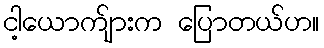
ငါ့ယောက်ျားက ပြောတယ်ဟ။